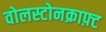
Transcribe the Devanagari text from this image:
वोलस्टोनक्राफ़्ट